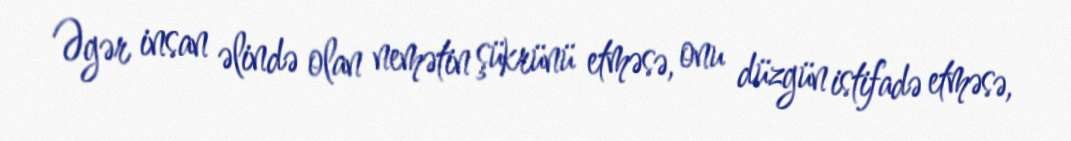
Əgər insan əlində olan nemətin şükrünü etməsə, onu düzgün istifadə etməsə,